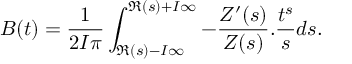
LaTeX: B ( t ) = \frac { 1 } { 2 I \pi } \int _ { \Re ( s ) - I \infty } ^ { \Re ( s ) + I \infty } - \frac { Z ^ { \prime } ( s ) } { Z ( s ) } . \frac { t ^ { s } } { s } d s .